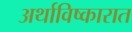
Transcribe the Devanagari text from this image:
अर्थाविष्कारात